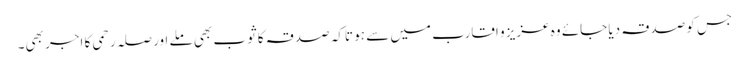
جس کو صدقہ دیا جائے وہ عزیز و اقارب میں سے ہو تاکہ صدقہ کا ثوب بھی ملے اور صلہ رحمی کا اجر بھی۔